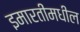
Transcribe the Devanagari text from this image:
इमारतींमधील